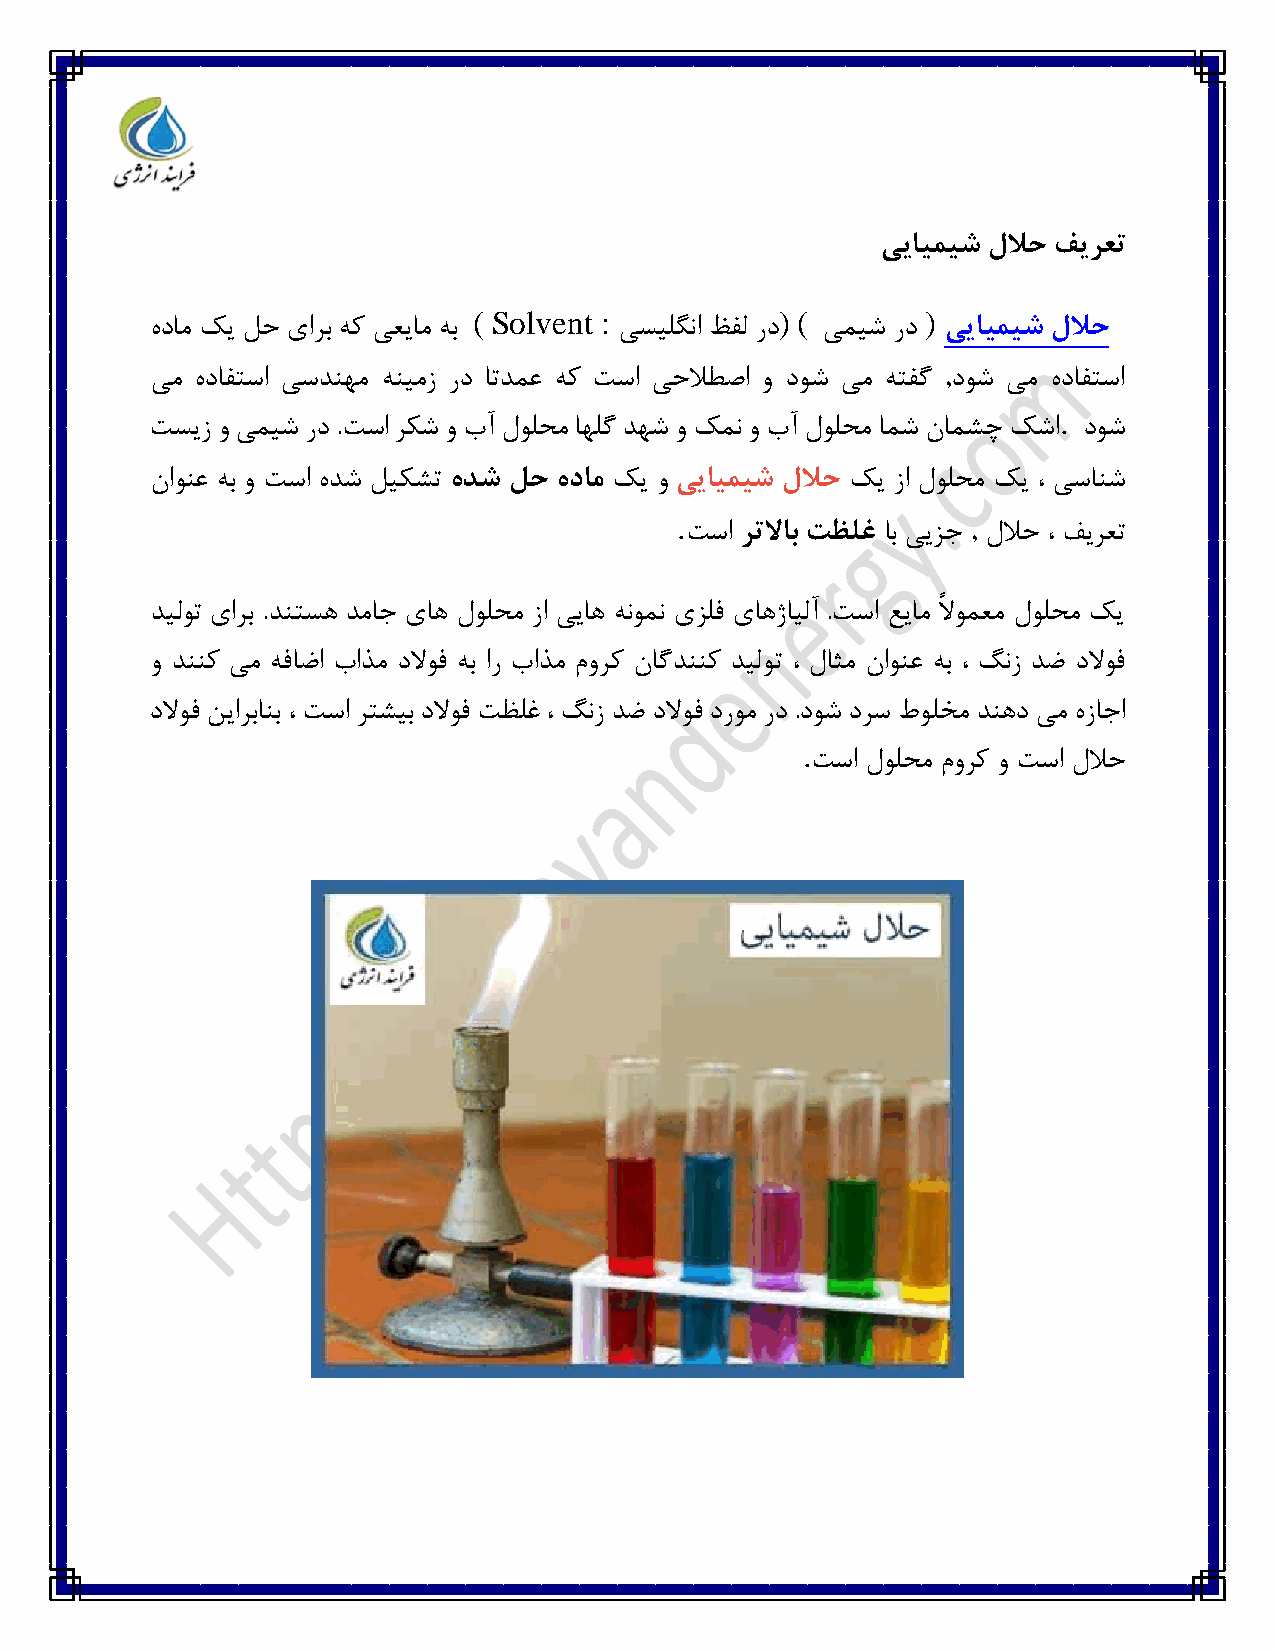
ییایمیش للاح فیرعت
 ( Solvent :          ) (      )
 هدام کی لح یارب هک یعیام هب    یسیلگنا ظفل رد یمیش رد ییایمیش للاح
 یم هدافتسا یسدنهم هنیمز رد اتدمع هک تسا یحلاطصا و دوش یم هتفگ ,دوش یم هدافتسا
 .
 تسیز و یمیش رد .تسا رکش و بآ لولحم اهلگ دهش و کمن و بآ لولحم امش نامشچ کشا دوش
 ناونع هب و تسا هدش لیکشت هدش لح هدام کی و ییایمیش للاح کی زا لولحم کی ، یسانش
 .
 تسا رتلااب تظلغ اب ییزج , للاح ، فیرعت
 دیلوت یارب .دنتسه دماج یاه لولحم زا ییاه هنومن یزلف یاهژایلآ .تسا عیام ًلاومعم لولحم کی
 و دننک یم هفاضا باذم دلاوف هب ار باذم مورک ناگدننک دیلوت ، لاثم ناونع هب ، گنز دض دلاوف
 دلاوف نیاربانب ، تسا رتشیب دلاوف تظلغ ، گنز دض دلاوف دروم رد .دوش درس طولخم دنهد یم هزاجا
 .
 تسا لولحم مورک و تسا للاح